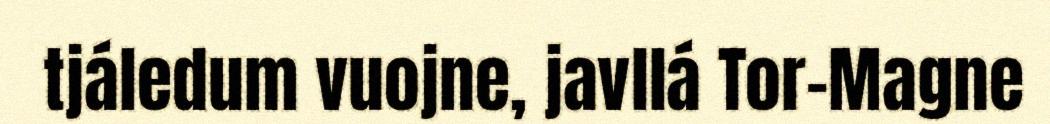
tjáledum vuojne, javllá Tor-Magne